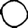
Digit: 0